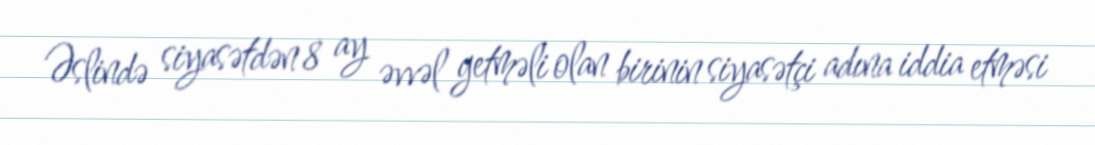
Əslində siyasətdən 8 ay əvvəl getməli olan birinin siyasətçi adına iddia etməsi